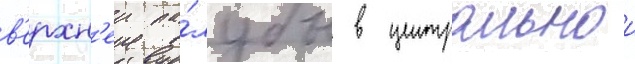
в'ерхн'еи па́лубы в центральнои